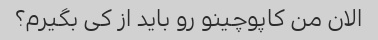
الان من کاپوچینو رو باید از کی بگیرم؟